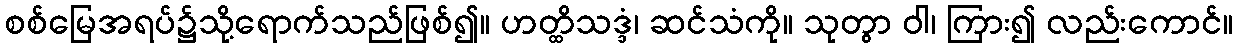
စစ်မြေအရပ်၌သို့ရောက်သည်ဖြစ်၍။ ဟတ္ထိသဒ္ဒံ၊ ဆင်သံကို။ သုတွာ ဝါ၊ ကြား၍ လည်းကောင်။